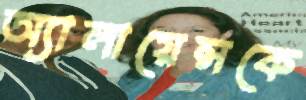
অ্যালায়েন্সকে